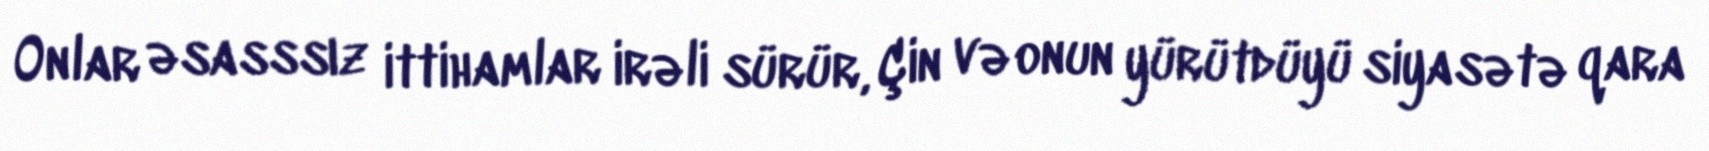
Onlar əsasssız ittihamlar irəli sürür, Çin və onun yürütdüyü siyasətə qara